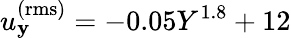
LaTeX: u_{\mathbf{y}}^{\mathrm{{(rms)}}}=-0.05Y^{1.8}+12